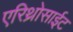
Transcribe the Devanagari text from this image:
एरिथ्रोसाईट